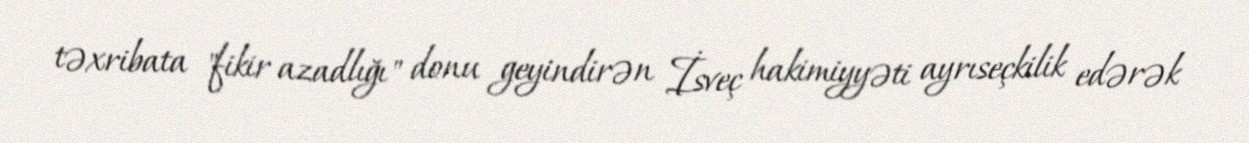
təxribata "fikir azadlığı" donu geyindirən İsveç hakimiyyəti ayrıseçkilik edərək